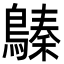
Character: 𪄈